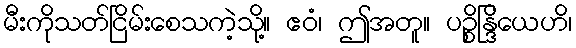
မီးကိုသတ်ငြိမ်းစေသကဲ့သို့။ ဧဝံ၊ ဤအတူ။ ပဉ္စိန္ဒြိယေဟိ၊